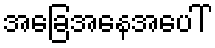
အခြေအနေအပေါ်